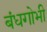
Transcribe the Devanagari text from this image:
बंधगोभी